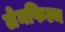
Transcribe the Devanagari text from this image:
लेनफिल्म